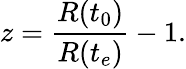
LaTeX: z={\frac{R(t_{0})}{R(t_{e})}}-1.